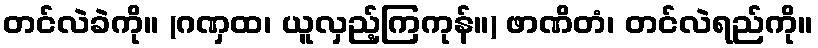
တင်လဲခဲကို။ (ဂဏှထ၊ ယူလှည့်ကြကုန်။) ဖာဏိတံ၊ တင်လဲရည်ကို။